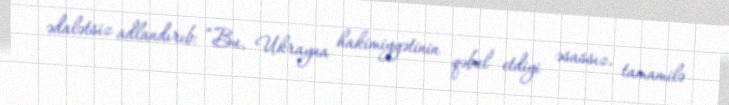
ədalətsiz adlandırıb: “Bu, Ukrayna hakimiyyətinin qəbul etdiyi əsassız, tamamilə